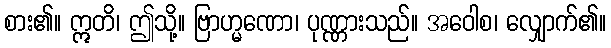
စား၏။ ဣတိ၊ ဤသို့။ ဗြာဟ္မဏော၊ ပုဏ္ဏားသည်။ အဝေါစ၊ လျှောက်၏။